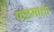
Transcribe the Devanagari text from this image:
फळमाशा